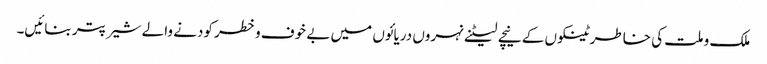
ملک و ملت کی خاطر ٹینکوں کے نیچے لیٹنے نہروں دریائوں میں بے خوف وخطر کودنے والے شیر پتر بنائیں۔